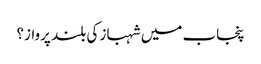
پنجاب میں شہباز کی بلند پرواز؟